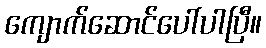
ကျောက်ဆောင်ပေါ်ပါပြီ။